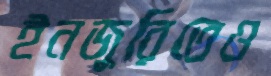
ইনজুরিতেও